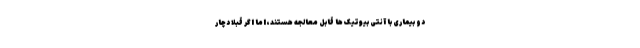
دو بیماری با آنتی بیوتیک ها قابل معالجه هستند، اما اگر قبلاً دچار